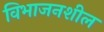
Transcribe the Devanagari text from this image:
विभाजनशील